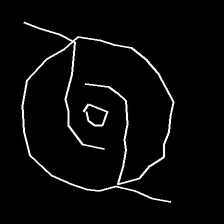
Glyph: repetition